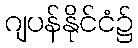
ဂျပန်နိုင်ငံ၌